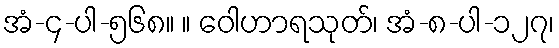
အံ-၄-ပါ-၅၆၈။ ။ ဝေါဟာရသုတ်၊ အံ-၈-ပါ-၁၂၇၊